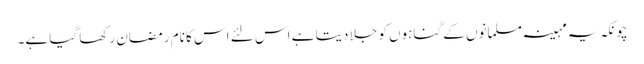
چونکہ یہ مہینہ مسلمانوں کے گناہوں کو جلا دیتا ہے اس لئے اس کا نام رمضان رکھا گیا ہے۔